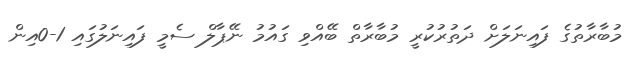
މުބާރާތުގެ ފައިނަލަށް ދަތުރުކުރީ މުބާރާތް ބޭއްވި ގައުމު ނޭޕާލް ސެމީ ފައިނަލުގައި 1-0އިން